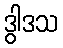
ဒွါဒသ